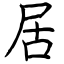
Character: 居